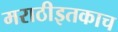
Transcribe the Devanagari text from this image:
मराठीइतकाच